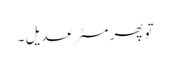
تو پھر مسٹر عدیل ۔